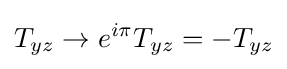
T_{yz}\rightarrow e^{i\pi }T_{yz}=-T_{yz}